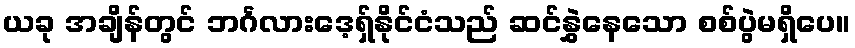
ယခု အချိန်တွင် ဘင်္ဂလားဒေ့ရှ်နိုင်ငံသည် ဆင်နွှဲနေသော စစ်ပွဲမရှိပေ။